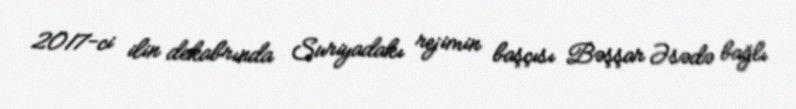
2017-ci ilin dekabrında Suriyadakı rejimin başçısı Bəşşar Əsədə bağlı